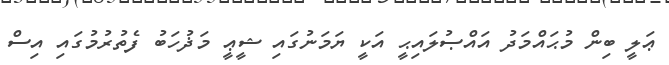
ޢަލީ ބިން މުޙައްމަދު އައްޞުލައިޙީ އަކީ ޔަމަނުގައި ޝީޢީ މަޛުހަބު ފެތުރުމުގައި އިސް